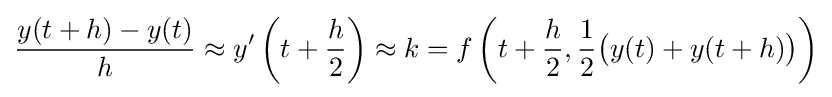
{\frac {y(t+h)-y(t)}{h}}\approx y'\left(t+{\frac {h}{2}}\right)\approx k=f\left(t+{\frac {h}{2}},{\frac {1}{2}}{\bigl (}y(t)+y(t+h){\bigr )}\right)